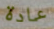
عادة